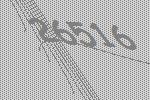
26516